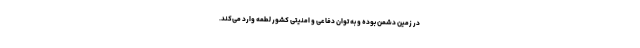
در زمین دشمن بوده و به توان دفاعی و امنیتی کشور لطمه وارد می‌کند.